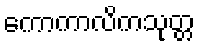
ကောကာလိကသုတ္တ